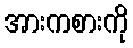
အားကစားကို